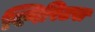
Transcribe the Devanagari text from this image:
स्पिरिटस